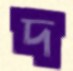
দ